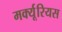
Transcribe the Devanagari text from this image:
मर्क्यूरियस